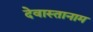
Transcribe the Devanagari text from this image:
देवास्तानाम